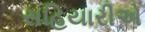
સહિયારીએ